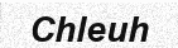
Chleuh